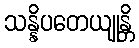
သန္နိပတေယျုန္တိ